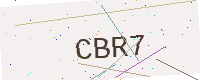
Text: CBR7